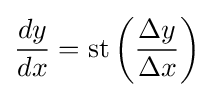
{\frac {dy}{dx}}=\operatorname {st} \left({\frac {\Delta y}{\Delta x}}\right)